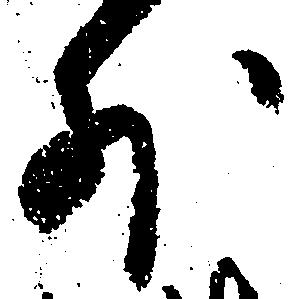
外